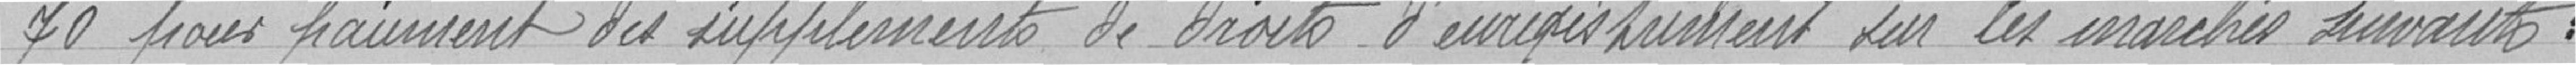
70 pour paiement des suppléments de droits d'enregistrement sur les marchés suivants :